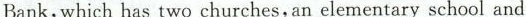
Bank,which has two churches,an elementary school and